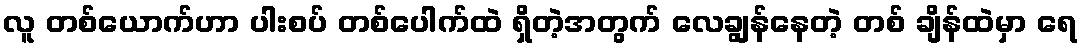
လူ တစ်ယောက်ဟာ ပါးစပ် တစ်ပေါက်ထဲ ရှိတဲ့အတွက် လေချွန်နေတဲ့ တစ် ချိန်ထဲမှာ ရေ